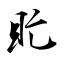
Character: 盳